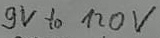
Text: 9V to 120V